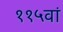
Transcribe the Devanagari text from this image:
११५वां